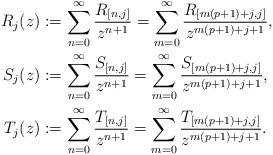
LaTeX: \begin{align*}R_{j}(z) & :=\sum_{n=0}^{\infty}\frac{R_{[n,j]}}{z^{n+1}}=\sum_{m=0}^{\infty}\frac{R_{[m(p+1)+j,j]}}{z^{m(p+1)+j+1}},\\S_{j}(z) & :=\sum_{n=0}^{\infty}\frac{S_{[n,j]}}{z^{n+1}}=\sum_{m=0}^{\infty}\frac{S_{[m(p+1)+j,j]}}{z^{m(p+1)+j+1}},\\T_{j}(z) & :=\sum_{n=0}^{\infty}\frac{T_{[n,j]}}{z^{n+1}}=\sum_{m=0}^{\infty}\frac{T_{[m(p+1)+j,j]}}{z^{m(p+1)+j+1}}.\end{align*}